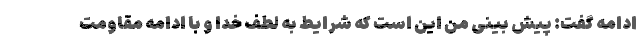
ادامه گفت: پیش بینی من این است که شرایط به لطف خدا و با ادامه مقاومت